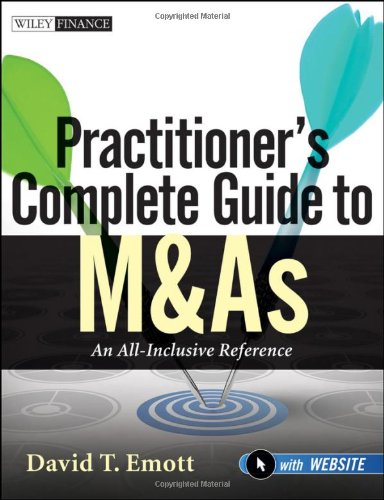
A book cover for Practitioner's Complete Guide to M&As, with Website: An All-Inclusive Reference; David T. Emott; Business & Money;